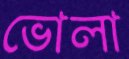
ভোলা